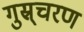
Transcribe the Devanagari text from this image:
गुस्र्चरण